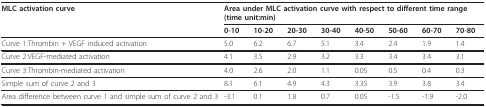
<table><thead><tr><td><b>MLC activation curve</b></td><td colspan="8"><b>Area under MLC activation curve with respect to different time range (time unit:min)</b></td></tr><tr><td></td><td><b>0-10</b></td><td><b>10-20</b></td><td><b>20-30</b></td><td><b>30-40</b></td><td><b>40-50</b></td><td><b>50-60</b></td><td><b>60-70</b></td><td><b>70-80</b></td></tr></thead><tbody><tr><td>Curve 1:Thrombin + VEGF induced activation</td><td>5.0</td><td>6.2</td><td>6.7</td><td>5.1</td><td>3.4</td><td>2.4</td><td>1.9</td><td>1.4</td></tr><tr><td>Curve 2:VEGF-mediated activation</td><td>4.1</td><td>3.5</td><td>2.9</td><td>3.2</td><td>3.3</td><td>3.4</td><td>3.4</td><td>3.1</td></tr><tr><td>Curve 3:Thrombin-mediated activation</td><td>4.0</td><td>2.6</td><td>2.0</td><td>1.1</td><td>0.05</td><td>0.5</td><td>0.4</td><td>0.3</td></tr><tr><td>Simple sum of curve 2 and 3</td><td>8.1</td><td>6.1</td><td>4.9</td><td>4.3</td><td>3.35</td><td>3.9</td><td>3.8</td><td>3.4</td></tr><tr><td>Area difference between curve 1 and simple sum of curve 2 and 3</td><td>-3.1</td><td>0.1</td><td>1.8</td><td>0.7</td><td>0.05</td><td>-1.5</td><td>-1.9</td><td>-2.0</td></tr></tbody></table>